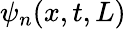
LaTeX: \psi_{n}(x,t,L)